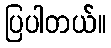
ပြပါတယ်။